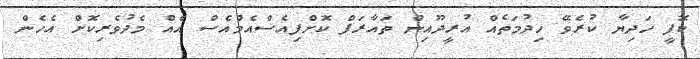
ކޮފީ ހަދިޔާ ކުރެވޭ ހިދުމަތެއް އުރީދޫއިން ތައާރަފް ކޮށްފިއެސްއެމްއެސް އެއް މެދުވެރިކޮށް އެހެން